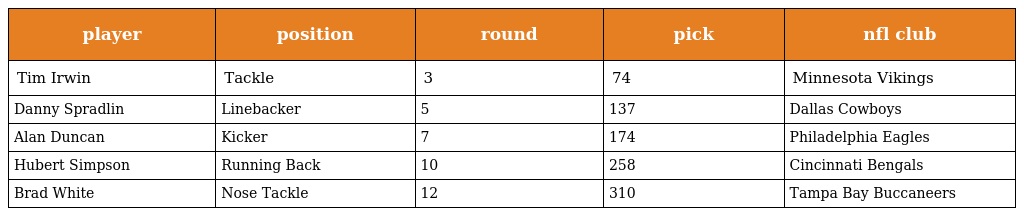
| player | position | round | pick | nfl club |
 | --- | --- | --- | --- | --- |
 | Tim Irwin | Tackle | 3 | 74 | Minnesota Vikings |
 | Danny Spradlin | Linebacker | 5 | 137 | Dallas Cowboys |
 | Alan Duncan | Kicker | 7 | 174 | Philadelphia Eagles |
 | Hubert Simpson | Running Back | 10 | 258 | Cincinnati Bengals |
 | Brad White | Nose Tackle | 12 | 310 | Tampa Bay Buccaneers |